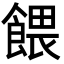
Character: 餵